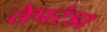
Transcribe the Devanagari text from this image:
तेपरंडा